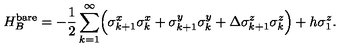
H _ { B } ^ { \mathrm { b a r e } } = - \frac { 1 } { 2 } \sum _ { k = 1 } ^ { \infty } \Bigl ( \sigma _ { k + 1 } ^ { x } \sigma _ { k } ^ { x } + \sigma _ { k + 1 } ^ { y } \sigma _ { k } ^ { y } + \Delta \sigma _ { k + 1 } ^ { z } \sigma _ { k } ^ { z } \Bigr ) + h \sigma _ { 1 } ^ { z } .